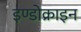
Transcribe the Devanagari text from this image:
इण्डोक्राइन